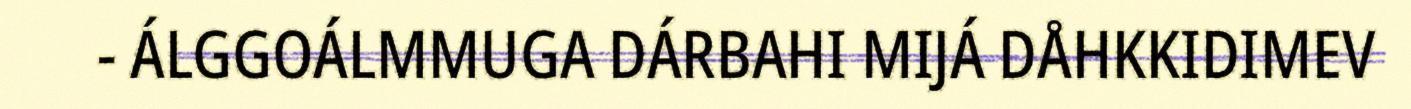
- ÁLGGOÁLMMUGA DÁRBAHI MIJÁ DÅHKKIDIMEV